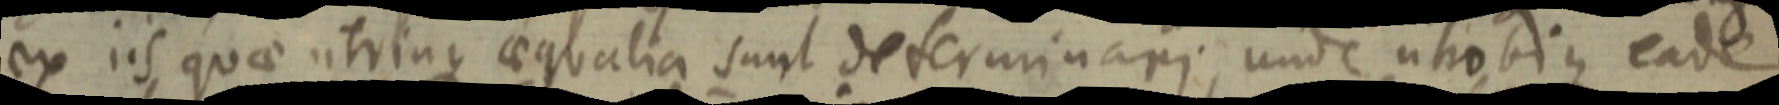
ex iis quae utrinque aequalia sunt determinari, unde utrobius eade